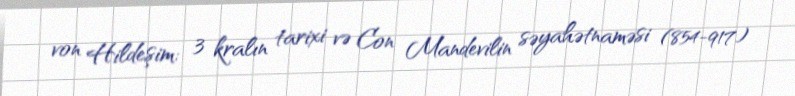
von Hildeşim: 3 kralın tarixi və Con Mandevilin səyahətnaməsi (854-917)